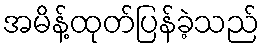
အမိန့်ထုတ်ပြန်ခဲ့သည်